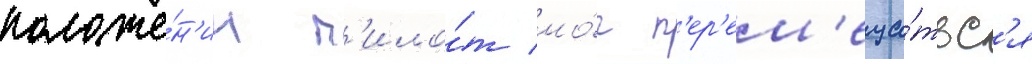
положе́н'ии п'ило́т мо́г п'ер'ем'еща́тьс'я